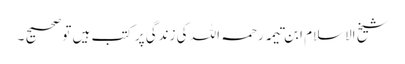
شیخ الاسلام ابن تیمہ رحمہ اللہ کی زندگی پر کتب ہیں تو صحیح ۔